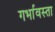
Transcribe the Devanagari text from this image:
गर्भावस्ता